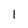
Character: l